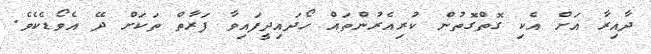
ދާއިރާ އަށް އެކި ގޮތްގޮތުން ކުރިއެރުންތައް ހޯދައިދީފައިވާ ފަރާތް ތަކަށް ދޭ އެވޯޑެކެވެ.